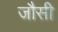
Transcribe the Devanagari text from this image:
जौसी